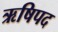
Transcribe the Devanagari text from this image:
ऋषिपद